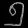
Digit: ၅